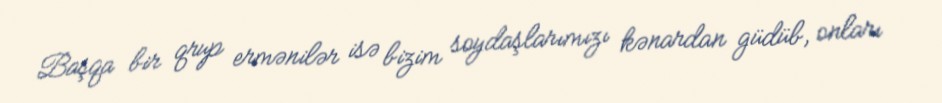
Başqa bir qrup ermənilər isə bizim soydaşlarımızı kənardan güdüb, onları